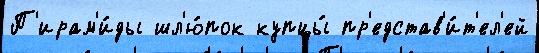
П'ирам'и́ды шл'ю́пок купцы́ пр'едстав'и́т'ел'ей